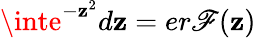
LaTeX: \inte^{-\mathbf{z}^{2}}d\mathbf{z}=er\mathscr{F}(\mathbf{z})